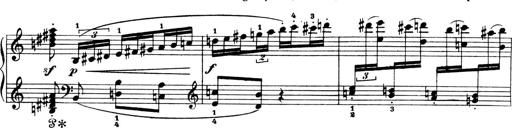
Title: 4 Sonatines
Composer: Max Reger